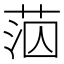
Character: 𦰪